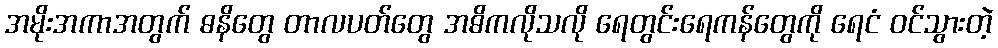
အမိုးအကာအတွက် ဓနိတွေ တာလပတ်တွေ အဓိကလိုသလို ရေတွင်းရေကန်တွေကို ရေငံ ဝင်သွားတဲ့